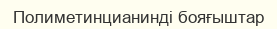
Полиметинцианинді бояғыштар